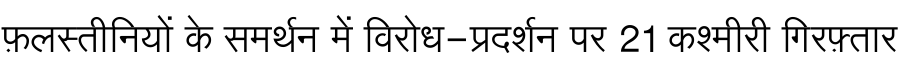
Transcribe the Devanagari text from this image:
फ़लस्तीनियों के समर्थन में विरोध-प्रदर्शन पर 21 कश्मीरी गिरफ़्तार